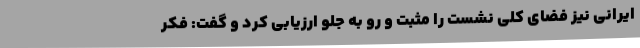
ایرانی نیز فضای کلی نشست را مثبت و رو به جلو ارزیابی کرد و گفت: فکر